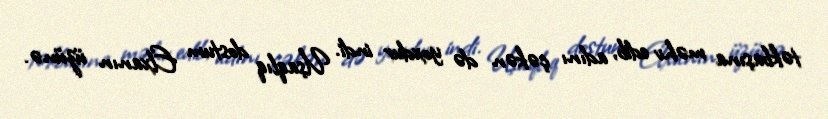
təkbaşına məhv edib, adını çəkən də yoxdur indi. Uşaqlıq dostum Elxanın üzünə.